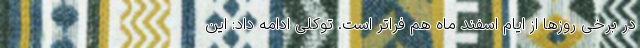
در برخی روزها از ایام اسفند ماه هم فراتر است. توکلی ادامه داد: این